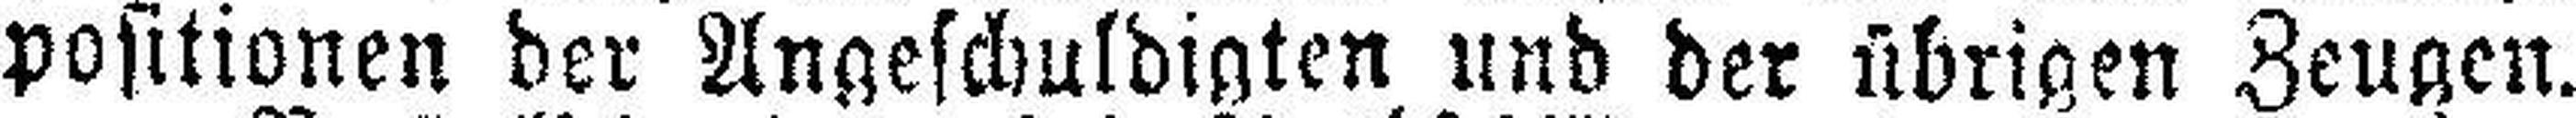
positionen der Angeschuldigten und der übrigen Zeugen.